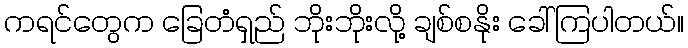
ကရင်တွေက ခြေတံရှည် ဘိုးဘိုးလို့ ချစ်စနိုး ခေါ်ကြပါတယ်။